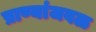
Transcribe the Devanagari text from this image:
प्राण्यांजवळ